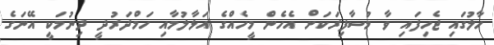
ހާލުގައި ޖެހިފައި ވާ މުސާފިރަކަށް އެހެން މީހެއްގެ އަޅާލުމާއި ހަމްދަރުދީ ދިނުމަކީ އޭނަގެ